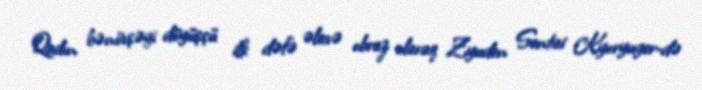
Qadın bənövşəyi döyüşçü ilk dəfə əlavə obraz olaraq Zyuden Sentai Kyoryuger-də